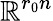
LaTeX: \mathbb{R}^{r_{0}n}